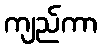
ကျည်ကာ